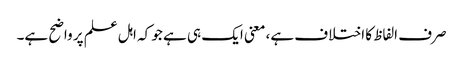
صرف الفاظ کا اختلاف ہے، معنی ایک ہی ہے جو کہ اہل علم پر واضح ہے۔